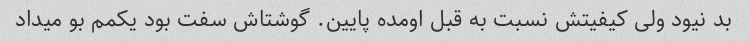
بد نیود ولی کیفیتش نسبت به قبل اومده پایین. گوشتاش سفت بود یکمم بو میداد